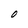
Character: O